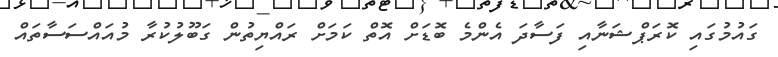
ގައުމުގައި ކޮރަޕްޝަނާއި ފަސާދަ އެންމެ ބޮޑަށް އޮތް ކަމަށް ރައްޔިތުން ގަބޫލުކުރާ މުއައްސަސާތައް